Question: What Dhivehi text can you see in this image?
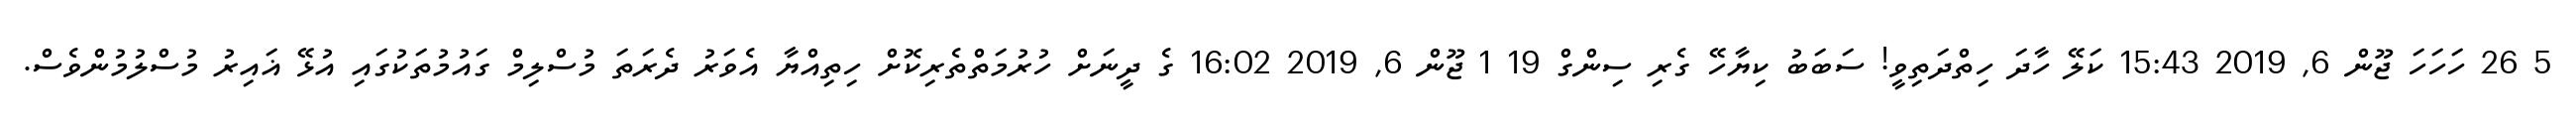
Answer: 5 26 ހަހަހަ ޖޫން 6, 2019 15:43 ކަލޭ ހާދަ ހިތްދަތިވީ! ސަބަބު ކިޔާހޭ ގެރި ސިންގް 19 1 ޖޫން 6, 2019 16:02 ގެ ދީނަށް ހުރުމަތްތެރިކޮށް ހިތިއްޔާ އެވަރު ދެރަތަ މުސްލިމް ގައުމުތަކުގައި އުޅޭ ޣައިރު މުސްލުމުންވެސް.